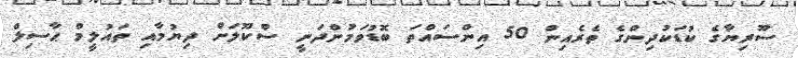
ސޫރިޔާގެ ކުޑަކުދިންގެ ތެރެއިން 50 އިންސައްތަ ބޮޑުވަމުންދަނީ ސްކޫލަށް ދިޔުމާއި ތައުލީމް ޙާސިލް